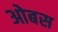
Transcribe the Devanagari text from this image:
ओबस